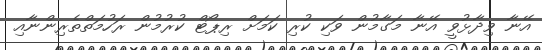
އޭނާ ވިދާޅުވީ އޭނާ މަގާމުން ވަކި ކުރި ކަމަށް ރިޕޯޓް ކުރުމުން ރަހުމަތްތެރިންނާއި